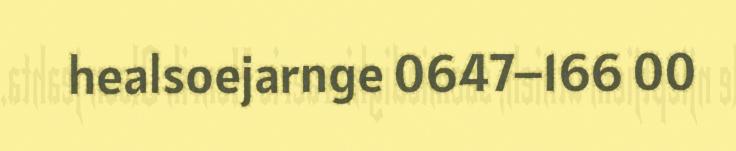
healsoejarnge 0647–166 00